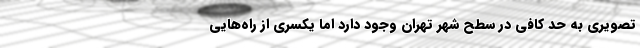
تصویری به حد کافی در سطح شهر تهران وجود دارد اما یکسری از راه‌هایی